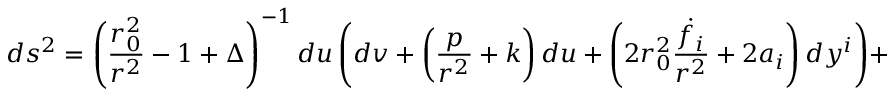
d s ^ { 2 } = \left( { \frac { r _ { 0 } ^ { 2 } } { r ^ { 2 } } } - 1 + \Delta \right) ^ { - 1 } d u \left( d v + \left( { \frac { p } { r ^ { 2 } } } + k \right) d u + \left( 2 r _ { 0 } ^ { 2 } { \frac { \dot { f } _ { i } } { r ^ { 2 } } } + 2 a _ { i } \right) d y ^ { i } \right) + d y ^ { 2 } + H _ { 5 } d x ^ { 2 } .